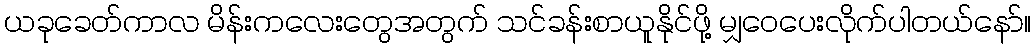
ယခုခေတ်ကာလ မိန်းကလေးတွေအတွက် သင်ခန်းစာယူနိုင်ဖို့ မျှဝေပေးလိုက်ပါတယ်နော်။